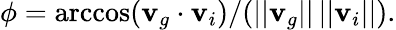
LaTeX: \phi=\operatorname{arccos}(\mathbf{v}_{g}\cdot\mathbf{v}_{i})/(||\mathbf{v}_{g}||\, ||\mathbf{v}_{i}||).